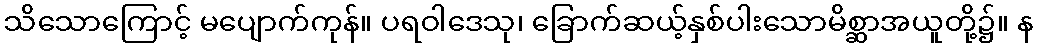
သိသောကြောင့် မပျောက်ကုန်။ ပရဝါဒေသု၊ ခြောက်ဆယ့်နှစ်ပါးသောမိစ္ဆာအယူတို့၌။ န